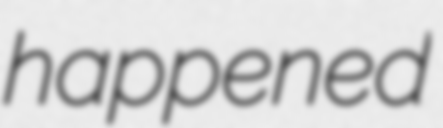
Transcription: happened